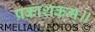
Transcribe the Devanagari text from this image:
प्रकाशकम्॥